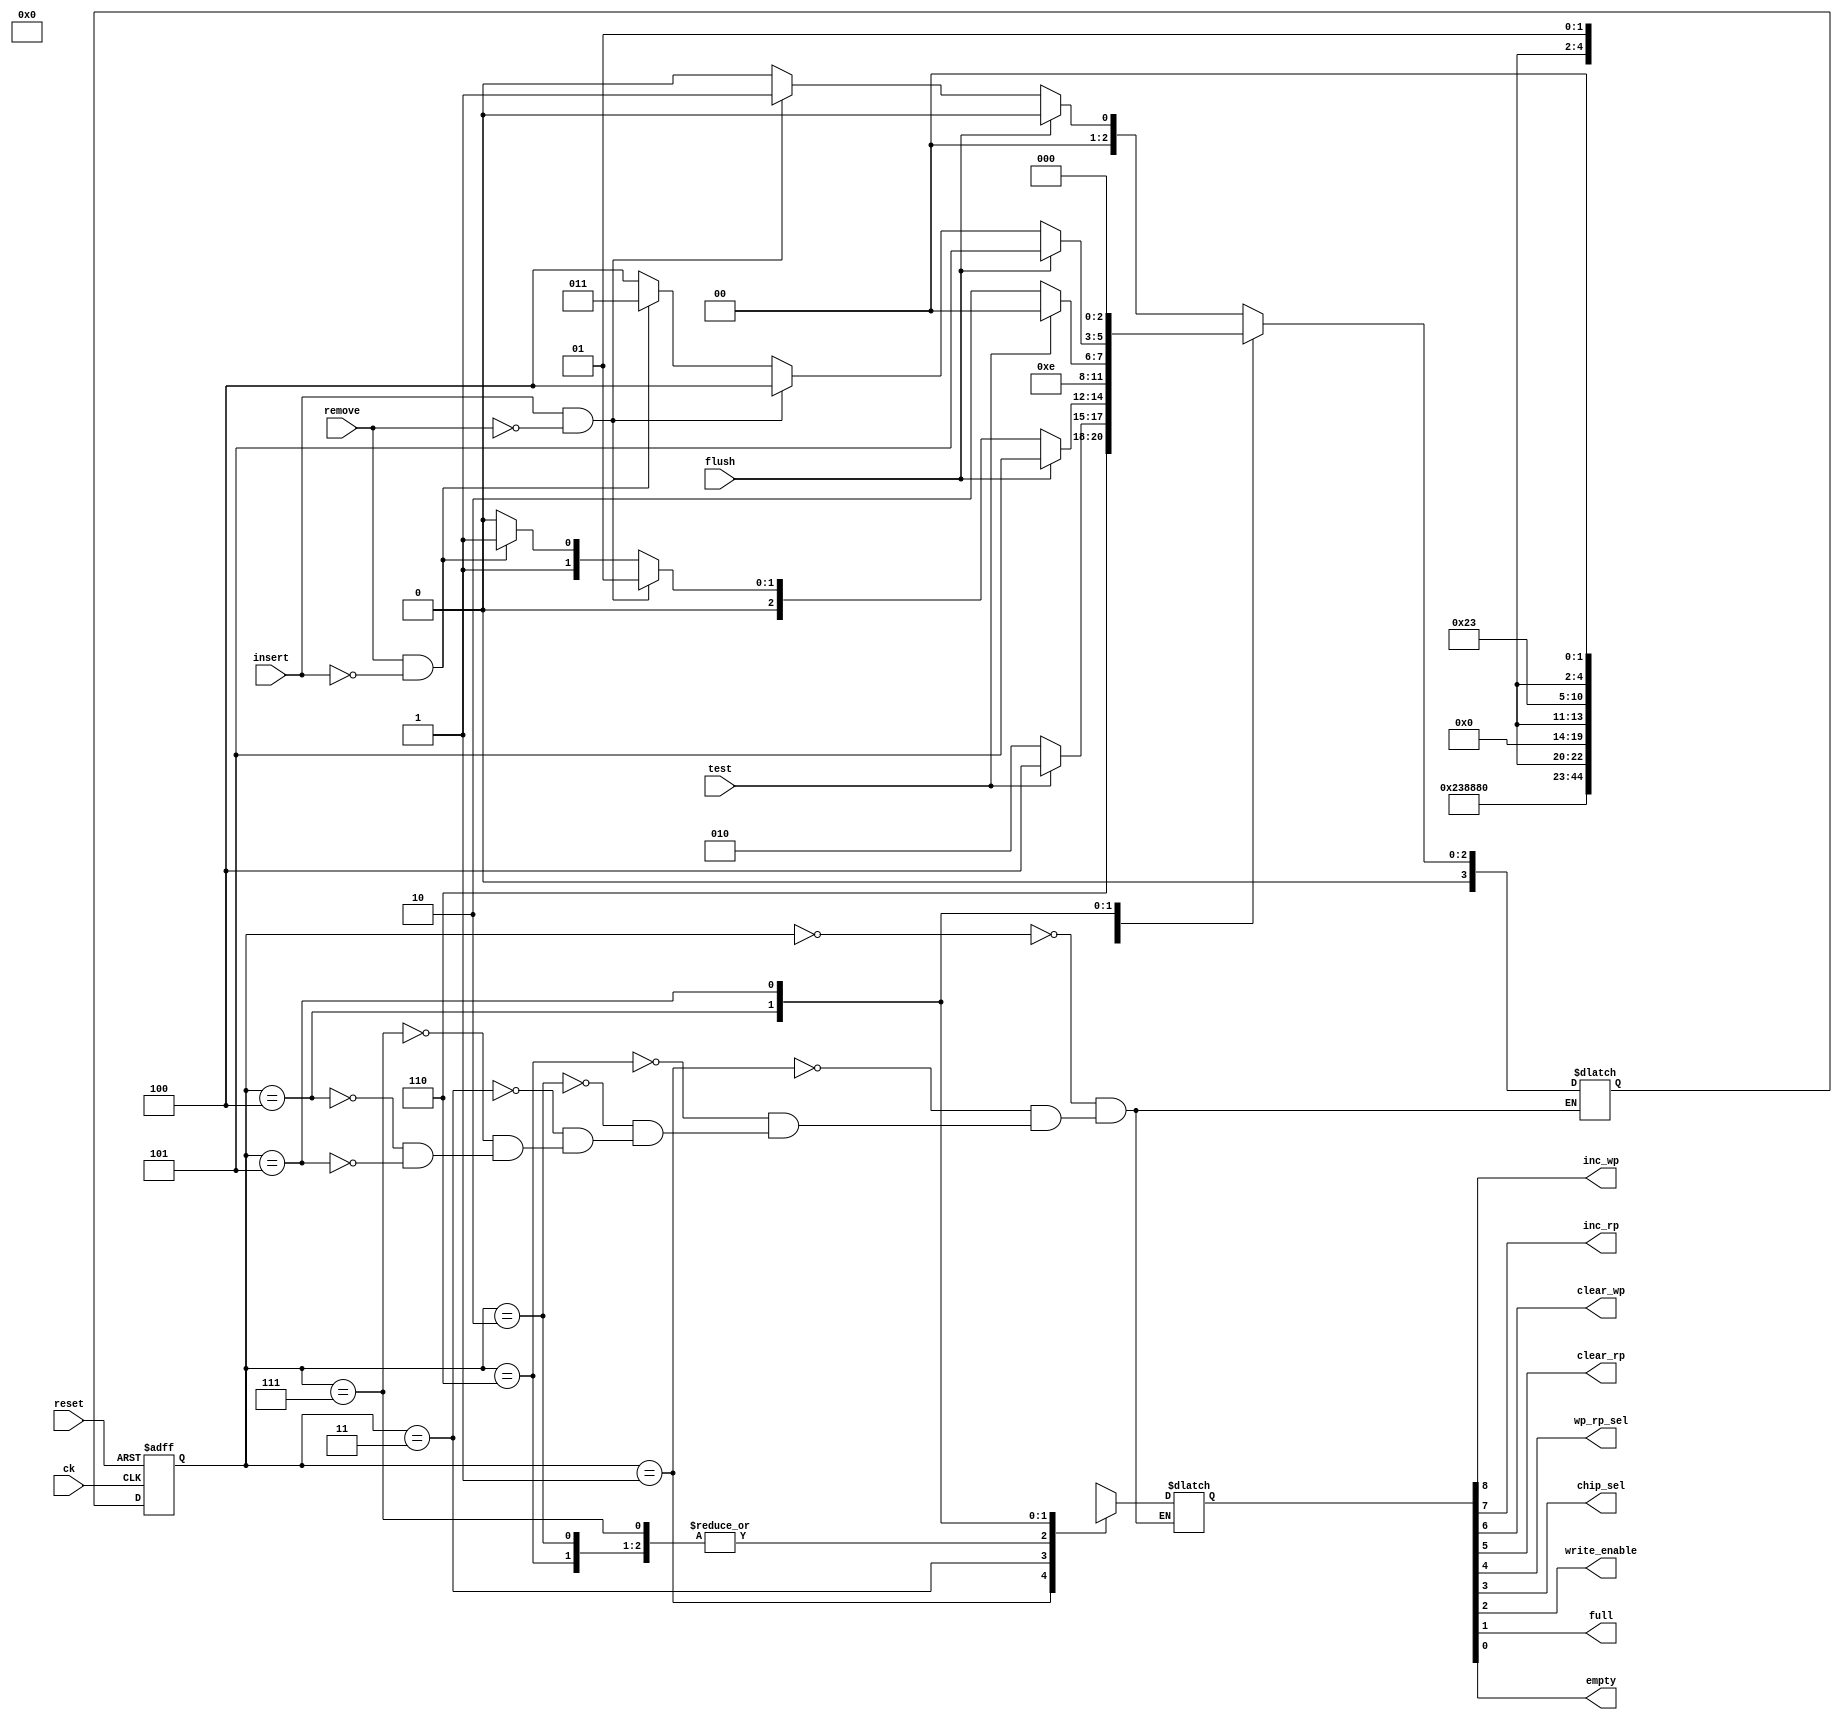
`timescale 1ns/1ps

module control(
    input ck, reset,
    input insert, remove, flush,
    input test,
    output inc_wp, inc_rp, clear_wp, clear_rp,
    output wp_rp_sel,
    output chip_sel,
    output write_enable,
    output full, empty
    );

    parameter [3:0]
        EMPTY = 0,
        WRITE = 1,
        IDLE = 2,
        READ = 3,
        FULL = 4,
        CLEAR = 5,
        DUM_W = 6,
        DUM_R = 7;
    reg [3:0] state, state_next;

    always @(posedge ck, posedge reset) begin
        if (reset) state <= EMPTY;
        else state <= state_next;
    end

    always @(state, insert, remove, flush, test) begin
        case (state)
            EMPTY: begin
                if (flush) state_next = EMPTY;
                else if (insert && !remove) state_next = WRITE;
                else if (remove && !insert) state_next = EMPTY;
                else state_next = EMPTY;
            end
            WRITE: begin
                state_next = DUM_W;
            end
            DUM_W: begin
                if (test) state_next = FULL;
                else state_next = IDLE;
            end
            IDLE: begin
                if (flush) state_next = CLEAR;
                else if (insert && !remove) state_next = WRITE;
                else if (remove && !insert) state_next = READ;
                else state_next = IDLE;
            end
            READ: begin
                state_next = DUM_R;
            end
            DUM_R: begin
                if (test) state_next = EMPTY;
                else state_next = IDLE;
            end
            FULL: begin
                if (flush) state_next = CLEAR;
                else if (insert && !remove) state_next = FULL;
                else if (remove && !insert) state_next = READ;
                else state_next = FULL;
            end
            CLEAR: begin
                state_next = EMPTY;
            end
        endcase
    end

    reg [8:0] outputs;
    always @(state) begin
        case (state)
            EMPTY:  outputs = 9'b0000x0x01;
            WRITE:  outputs = 9'b100011100;
            DUM_W:  outputs = 9'b0000x0x00;
            IDLE:   outputs = 9'b0000x0x00;
            READ:   outputs = 9'b010001000;
            DUM_R:  outputs = 9'b0000x0x00;
            FULL:   outputs = 9'b0000x0x10;
            CLEAR:  outputs = 9'b0011x0x00;
        endcase
    end

    assign {inc_wp, inc_rp, clear_wp, clear_rp, wp_rp_sel, chip_sel, write_enable, full, empty} = outputs;

endmodule